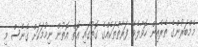
މެމްބަރުންގެ ތެރެއިން ހޮވާލެވޭ ފަރާތްތަކެއްގެ ގޮތުގައި އޮތް އޮތުން ނިމުމަކަށް ގެނެސް މި